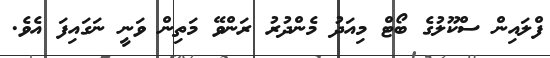
ފްލައިން ސްކޫލުގެ ބޯޓް މިއަދު މެންދުރު ރަންވޭ މަތިން ވަނީ ނަގައިފަ އެވެ.